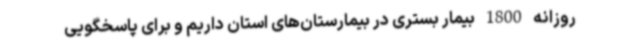
روزانه 1800 بیمار بستری در بیمارستان‌های استان داریم و برای پاسخگویی